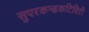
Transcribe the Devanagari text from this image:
सुपरकन्डकटिविटी